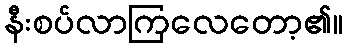
နီးစပ်လာကြလေတော့၏။